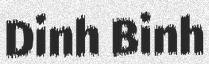
Dinh Binh